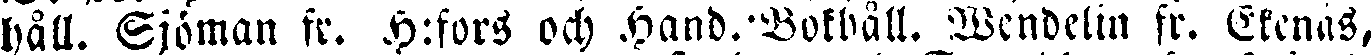
håll. Sjöman fr. H:fors och Hand.-Bokhåll. Wendelin fr. Ekenäs,